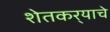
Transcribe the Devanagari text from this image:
शेतकर्‍याचे